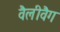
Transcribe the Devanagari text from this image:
वैलीवैग